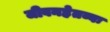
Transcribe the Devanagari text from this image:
जीवनहेतव्वः